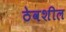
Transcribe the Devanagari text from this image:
ठेवशील